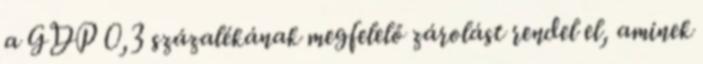
a GDP 0,3 százalékának megfelelő zárolást rendel el, aminek